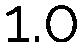
1.0